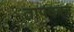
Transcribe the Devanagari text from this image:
तापदवन